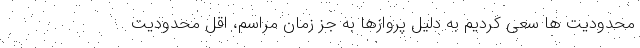
محدودیت ها سعی کردیم به دلیل پروازها به جز زمان مراسم، اقل محدودیت